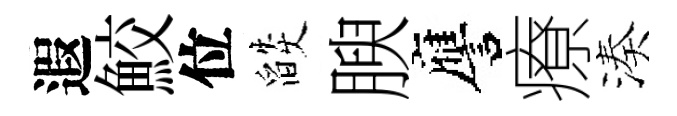
遐鮫位燄腴譍療湊